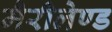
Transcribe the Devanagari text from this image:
मैरीलेण्ड